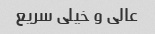
عالی و خیلی سریع